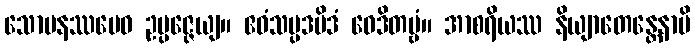
သောမနဿမေဝ ဥပ္ပဇ္ဇေယျ။ ဧဝံသမ္ပဒမိဒံ ဝေဒိတဗ္ဗံ။ အာစရိယဿ နိယျာတေန္တေနာပိ